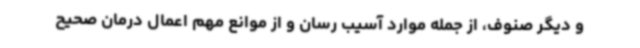
و دیگر صنوف، از جمله موارد آسیب رسان و از موانع مهم اعمال درمان صحیح